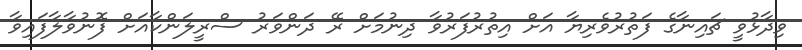
ވިދާޅުވީ ޗައިނާގެ ފަތުރުވެރިޔާ އަށް އިތުރުފަރުވާ ދިނުމަށް ރޭ ދަންވަރު ސްރީލަންކާއަށް ފޮނުވާލާފައިވާ